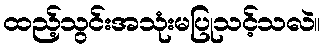
ထည့်သွင်းအသုံးမပြုသင့်သလဲ။